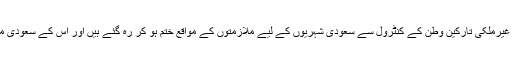
انھوں نے مزید لکھا ہے کہ پرچون کے کاروبار پر غیرملکی تارکین وطن کے کنٹرول سے سعودی شہریوں کے لیے ملازمتوں کے مواقع ختم ہو کر رہ گئے ہیں اور اس کے سعودی مملکت کی معیشت پر منفی اثرات مرتب ہورہے ہیں۔